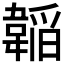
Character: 𮧲